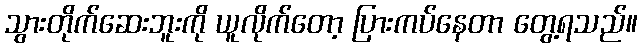
သွားတိုက်ဆေးဘူးကို ယူလိုက်တော့ ပြားကပ်နေတာ တွေ့ရသည်။